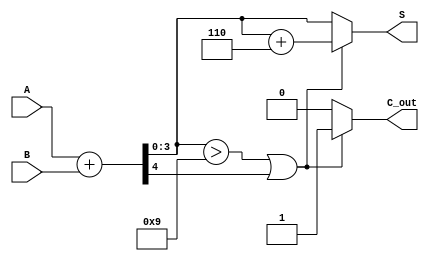
module BCD_Asynchronous_Adder (
    input [3:0] A,         // First BCD digit
    input [3:0] B,         // Second BCD digit
    output reg [3:0] S,    // BCD sum
    output reg C_out       // Carry output
);

    wire [4:0] Sum;        // 5-bit sum to accommodate carry
    wire C_temp;           // Temporary carry from the initial sum
    wire correction;       // Correction signal for BCD adjustment

    // Compute the initial binary sum
    assign Sum = A + B;    // 4-bit A + 4-bit B produces a 5-bit result
    assign C_temp = Sum[4]; // Carry out from the addition

    // Determine if correction is needed
    assign correction = (Sum[3:0] > 4'b1001) || C_temp;

    // BCD adjustment
    always @(*) begin
        if (correction) begin
            S = Sum[3:0] + 4'b0110; // Add 6 to correct the BCD
            C_out = 1;               // Set carry out if correction was applied
        end else begin
            S = Sum[3:0];            // No correction needed
            C_out = 0;               // No carry out
        end
    end

endmodule